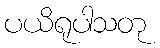
ပယိရုပါသတု